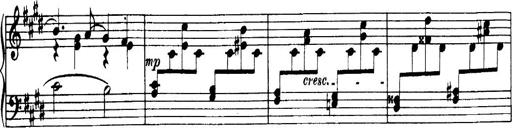
Title: 3 Sonatinas, Op.67
Composer: Jean Sibelius